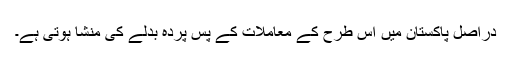
دراصل پاکستان میں اس طرح کے معاملات کے پس پردہ بدلے کی منشا ہوتی ہے۔